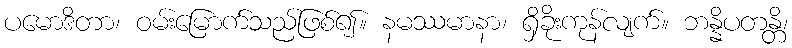
ပမောဒိတာ၊ ဝမ်းမြောက်သည်ဖြစ်၍။ နမဿမာနာ၊ ရှိခိုးကုန်လျက်။ ဘန္နိပတန္တိ၊